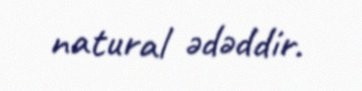
natural ədəddir.